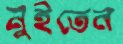
নুইতেন